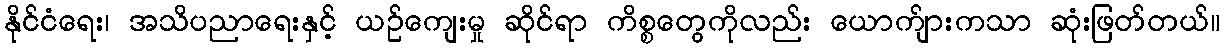
နိုင်ငံရေး၊ အသိပညာရေးနှင့် ယဉ်ကျေးမှု ဆိုင်ရာ ကိစ္စတွေကိုလည်း ယောက်ျားကသာ ဆုံးဖြတ်တယ်။